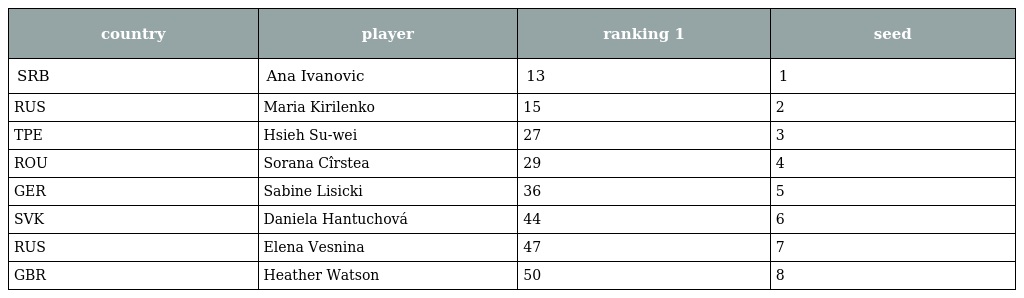
| country | player | ranking 1 | seed |
 | --- | --- | --- | --- |
 | SRB | Ana Ivanovic | 13 | 1 |
 | RUS | Maria Kirilenko | 15 | 2 |
 | TPE | Hsieh Su-wei | 27 | 3 |
 | ROU | Sorana Cîrstea | 29 | 4 |
 | GER | Sabine Lisicki | 36 | 5 |
 | SVK | Daniela Hantuchová | 44 | 6 |
 | RUS | Elena Vesnina | 47 | 7 |
 | GBR | Heather Watson | 50 | 8 |